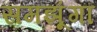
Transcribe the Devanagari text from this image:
समझूंगा